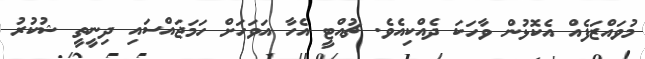
މުވައްޒަފެއް އެކޮޅުން ވާހަކަ ދެއްކިއެވެ. ޗުއްޓީ އެހާ އަވަހަށް ހަމަޖައްސައި ދިނީތީ ޝުކުރު